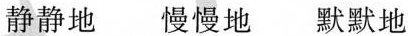
静静地 慢慢地 默默地